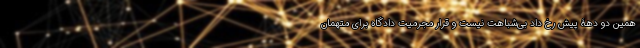
همین دو دهۀ پیش رخ داد بی‌شباهت نیست و قرارِ مجرمیت دادگاه برای متهمان